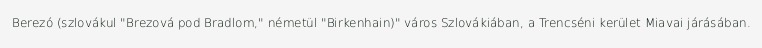
Berezó (szlovákul "Brezová pod Bradlom," németül "Birkenhain)" város Szlovákiában, a Trencséni kerület Miavai járásában.